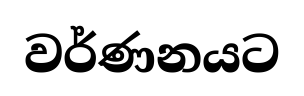
වර්ණනයට